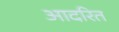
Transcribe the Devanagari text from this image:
आदरित